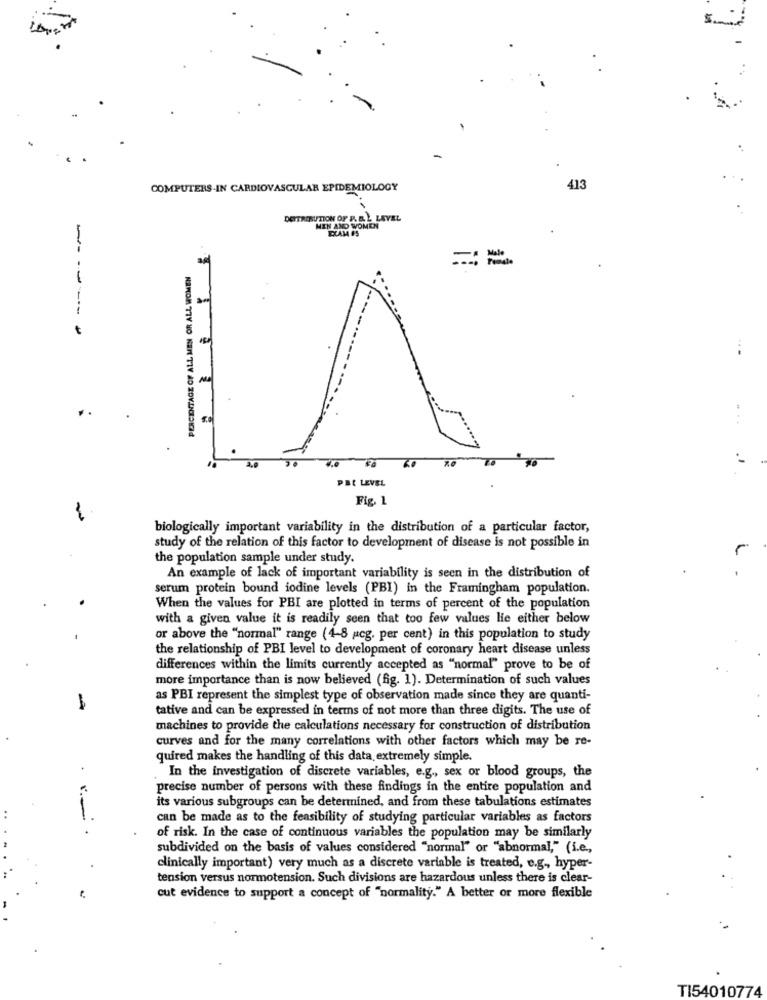
COMPUTERS-IN CARDIOVASCULAR EPIDEMIOLOGY
413
DEITRIBUTION OF P. B. ). LEVEL
MEN AND WOMEN
DAM FS
--
PERCENTAGE OF ALL MEN OR ALL WOMEN
---
.
50
PBC LEVEL
Fig. 1
biologically important variability in the distribution of a particular factor,
study of the relation of this factor to development of disease is not possible in
the population sample under study.
An example of lack of important variability is seen in the distribution of
-
serum protein bound iodine levels (PBI) in the Framingham population.
When the values for PBI are plotted in terms of percent of the population
with a given value it is readily seen that too few values lie either below
or above the "normal" range (4-8 cg. per cent) in this population to study
the relationship of PBI level to development of coronary heart disease unless
differences within the limits currently accepted as "normal" prove to be of
more importance than is now believed (fig. 1). Determination of such values
as PBI represent the simplest type of observation made since they are quanti-
tative and can be expressed in terms of not more than three digits. The use of
machines to provide the calculations necessary for construction of distribution
curves and for the many correlations with other factors which may be re-
quired makes the handling of this data extremely simple.
In the investigation of discrete variables, e.g ., sex or blood groups, the
precise number of persons with these findings in the entire population and
its various subgroups can be determined, and from these tabulations estimates
-
can be made as to the feasibility of studying particular variables as factors
of risk. In the case of continuous variables the population may be similarly
subdivided on the basis of values considered "normal" or "abnormal," (i.e .,
clinically important) very much as a discrete variable is treated, e.g ,, hyper-
tension versus normotension. Such divisions are hazardous unless there is clear-
cut evidence to support a concept of "normality." A better or more flexible
TI54010774